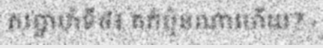
សប្តាហ៍ទី៤៖ គភ៌ប៉ុនណាហើយ? -